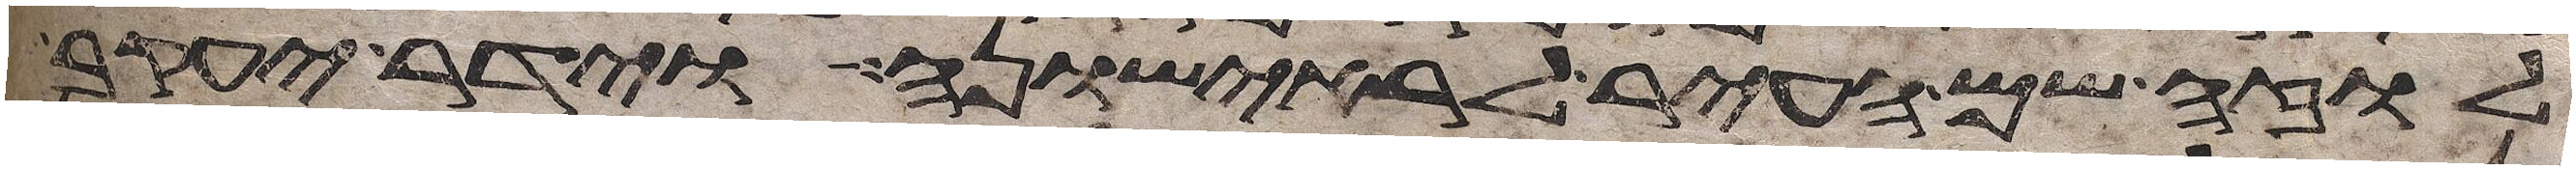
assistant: לוזה שם העיר לראישונה וידר יעקב